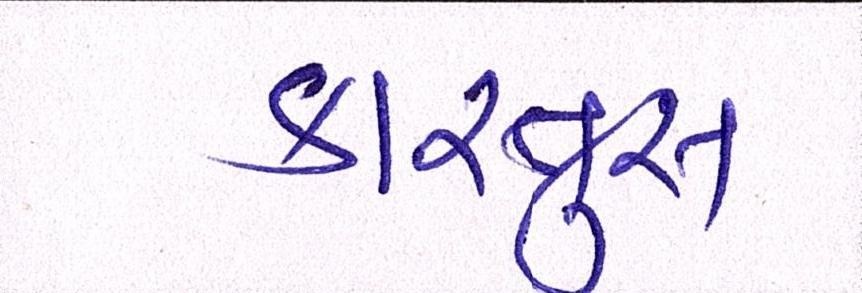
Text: કારતુસ